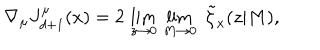
LaTeX: \nabla _ { \mu } J _ { d + 1 } ^ { \mu } ( x ) = 2 \, \lim _ { z \rightarrow 0 } \, \lim _ { M \rightarrow 0 } \, \, \tilde { \zeta } _ { x } ( z | M ) ,